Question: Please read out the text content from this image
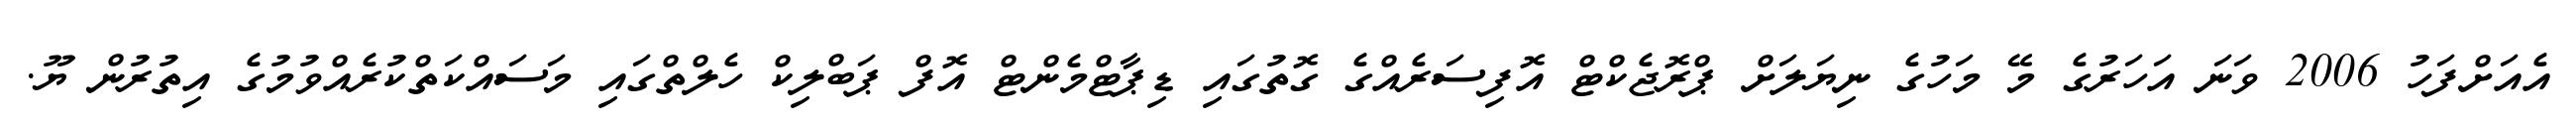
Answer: އެއަށްފަހު 2006 ވަނަ އަހަރުގެ މޭ މަހުގެ ނިޔަލަށް ޕްރޮޖެކްޓް އޮފިސަރެއްގެ ގޮތުގައި ޑިޕާޓްމެންޓް އޮފް ޕަބްލިކް ހެލްތްގައި މަސައްކަތްކުރެއްވުމުގެ އިތުރުން ޔޫ.